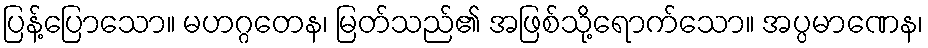
ပြန့်ပြောသော။ မဟဂ္ဂတေန၊ မြတ်သည်၏ အဖြစ်သို့ရောက်သော။ အပ္ပမာဏေန၊